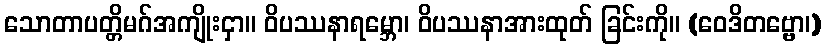
သောတာပတ္တိမဂ်အကျိုးငှာ။ ဝိပဿနာရမ္ဘော၊ ဝိပဿနာအားထုတ် ခြင်းကို။ (ဝေဒိတဗ္ဗော၊)